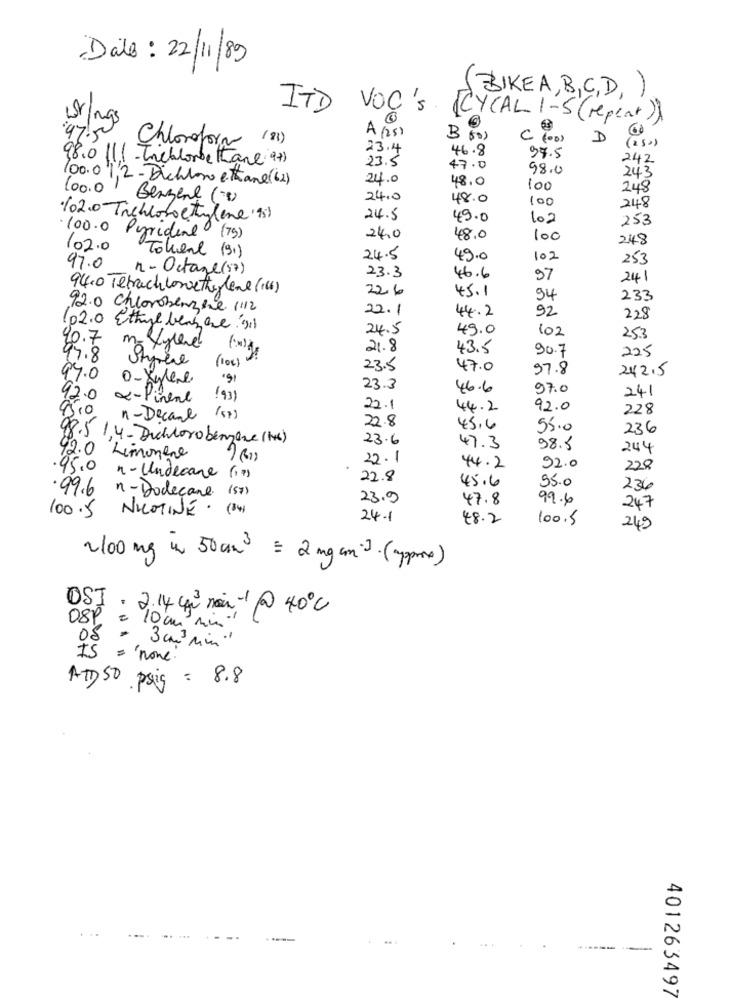
Date: 22/11/89
BIKEA, B,C,D, )
IT'D VOC'S CYCAL 1-5 ( repeat)
A (25)
0
Chloroform (81)
: (0)
m:
( ( 00)
D
23.4
46.8
97.5
98.0 111Trichlorbettane 97)
23.5
242
47.0
98.0
243
100.0),2-Dichloro ettane(62)
24.0
48.0
100.0
100
248
Benzene (0)
24.0
48.0
100
248
102.0 Trichlorethylene '951
24.5
49.0
102
253
100.0 Peridine (79)
24.0
48.0
100
248
102.0
Tokent (91)
24.5
49.0
102
253
97.0
n- Octane (57)
23.3
46.6
97
241
94.0 Tetrachlowethylene (16)
22.6
45.1
94
233
92.0 Chlorobenzene 1112
22.1
44.2
92
228
02.0 Ethyl benhave 91)
24.5
49.0
102
20.7
25.3
m-Xylene
21.8
43.5
90.7
225
97.8
Stymère
( 100)
23.5
47.0
97.8
242.5
64.0
0-Xylene
23.3
46.6
97.0
241
92.0
x-Pinene
(93)
95,0
22.1
44.2
92.0
228
n-Decame (57)
22.8
45.6
55.0
236
98.5 1,4- Dichloro benzene (1)
23.6
47.3
98.5
244
92.0 Limonene
22.1
44.2
92.0
228
.95.0 n-Undecare (17)
22.8
45.6
95.0
(57 )
236
.99.6 n-Dodecane
23.9
47.8
99.6
100.5 NICOTINE. (34)
247
24.1
48.2
100.5
249
2/00 mg x 50 cm = 2 mg cm 3. ( aprox)
OSI . 2.14 que main-1@ 40ºc
08P = 10cm"min"
IS = 'none.
ATD 50 psig = 8.8
.. .
------
401263497